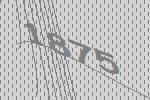
1875